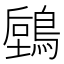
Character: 𪃫